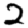
Digit: 2